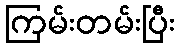
ကြမ်းတမ်းပြီး